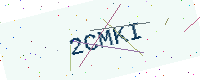
Text: 2CMKI